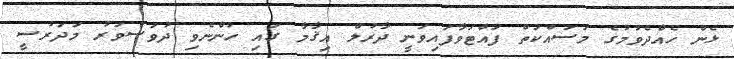
ޅެން ހެއްދެވުމުގެ މަސައްކަތް ފައްޓަވާފައިވަނީ ދާރުލް އިޤާމާ ގައި ހުންނެވި ދުވަސްވަރު މަދަރުސީ